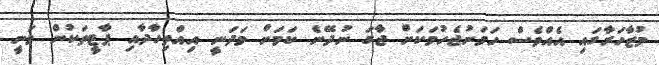
މުޒާހަރާގައި އެއްވެސް ހަމަނުޖެހުމަކަށް ޖާގަ ނުދޭނެ ކަމަށް މަދަނީ އިއްތިހާދާއި ޕާޓީތަކުން ވަނީ